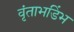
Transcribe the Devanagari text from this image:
वृंताभडिंभ